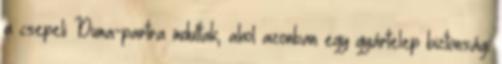
a csepeli Duna-partra indultak, ahol azonban egy gyártelep biztonsági